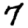
Digit: 7